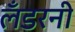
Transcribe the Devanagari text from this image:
लँडरनी